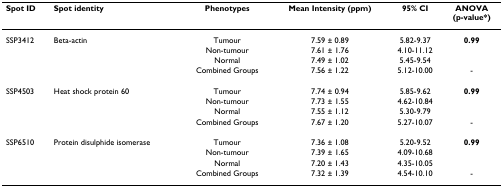
<table><thead><tr><td><b>Spot ID</b></td><td><b>Spot identity</b></td><td><b>Phenotypes</b></td><td><b>Mean Intensity (ppm)</b></td><td><b>95% CI </b></td><td><b>ANOVA(p-value*)</b></td></tr></thead><tbody><tr><td>SSP3412</td><td>Beta-actin</td><td>Tumour</td><td>7.59 ± 0.89</td><td>5.82-9.37</td><td><b>0.99</b></td></tr><tr><td></td><td></td><td>Non-tumour</td><td>7.61 ± 1.76</td><td>4.10-11.12</td><td></td></tr><tr><td></td><td></td><td>Normal</td><td>7.49 ± 1.02</td><td>5.45-9.54</td><td></td></tr><tr><td></td><td></td><td>Combined Groups</td><td>7.56 ± 1.22</td><td>5.12-10.00</td><td>-</td></tr><tr><td>SSP4503</td><td>Heat shock protein 60</td><td>Tumour</td><td>7.74 ± 0.94</td><td>5.85-9.62</td><td><b>0.99</b></td></tr><tr><td></td><td></td><td>Non-tumour</td><td>7.73 ± 1.55</td><td>4.62-10.84</td><td></td></tr><tr><td></td><td></td><td>Normal</td><td>7.55 ± 1.12</td><td>5.30-9.79</td><td></td></tr><tr><td></td><td></td><td>Combined Groups</td><td>7.67 ± 1.20</td><td>5.27-10.07</td><td>-</td></tr><tr><td>SSP6510</td><td>Protein disulphide isomerase</td><td>Tumour</td><td>7.36 ± 1.08</td><td>5.20-9.52</td><td><b>0.99</b></td></tr><tr><td></td><td></td><td>Non-tumour</td><td>7.39 ± 1.65</td><td>4.09-10.68</td><td></td></tr><tr><td></td><td></td><td>Normal</td><td>7.20 ± 1.43</td><td>4.35-10.05</td><td></td></tr><tr><td></td><td></td><td>Combined Groups</td><td>7.32 ± 1.39</td><td>4.54-10.10</td><td>-</td></tr></tbody></table>